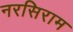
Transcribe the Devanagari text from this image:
नरसिराम